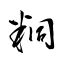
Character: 粡